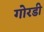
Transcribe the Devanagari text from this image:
गोरडी